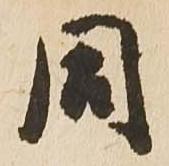
同